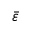
\bar { \varepsilon }